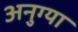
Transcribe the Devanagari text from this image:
अनुग्या